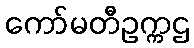
ကော်မတီဥက္ကဌ